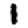
Digit: 1